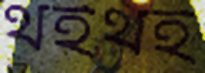
থইথই